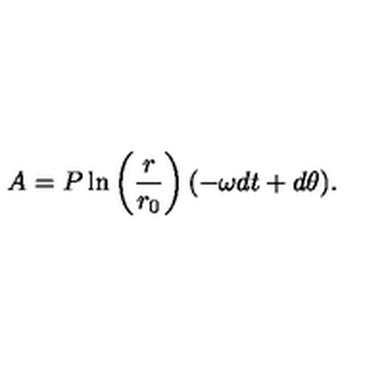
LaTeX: A = P \ln \left( \frac { r } { r _ { 0 } } \right) ( - \omega d t + d \theta ) .